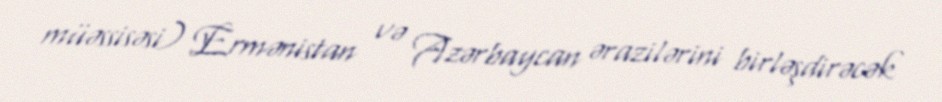
müəssisəsi) Ermənistan və Azərbaycan ərazilərini birləşdirəcək